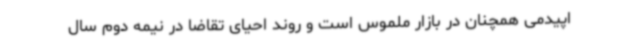
اپیدمی همچنان در بازار ملموس است و روند احیای تقاضا در نیمه دوم سال